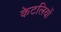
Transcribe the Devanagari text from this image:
केटलियों